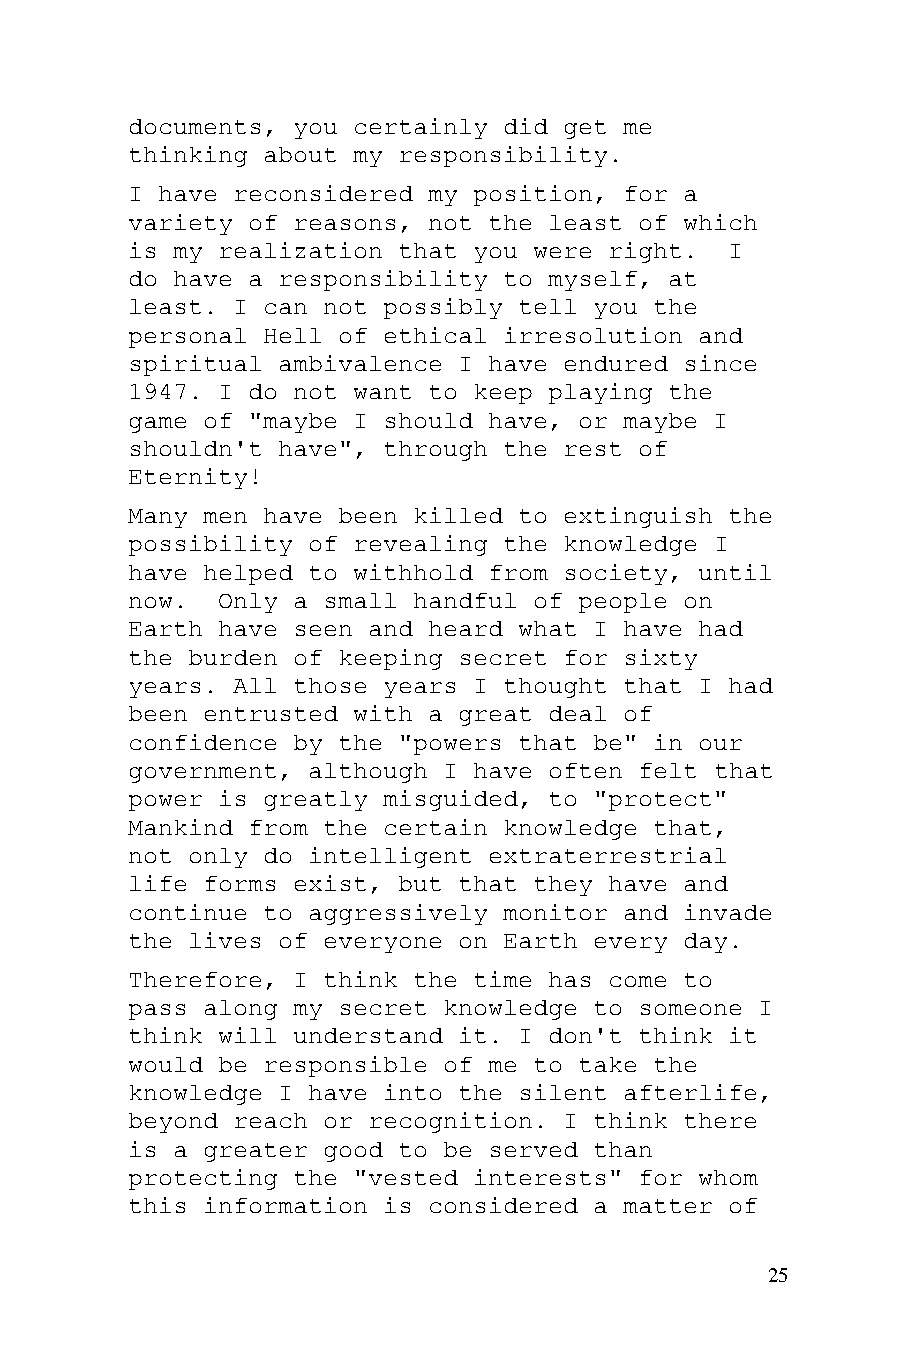
documents, you certainly did get me
 thinking about my responsibility.
 I have reconsidered my position, for a
 variety of reasons, not the least of which
 is my realization that you were right.  I
 do have a responsibility to myself, at
 least. I can not possibly tell you the
 personal Hell of ethical irresolution and
 spiritual ambivalence I have endured since
 1947. I do not want to keep playing the
 game of "maybe I should have, or maybe I
 shouldn't have", through the rest of
 Eternity!
 Many men have been killed to extinguish the
 possibility of revealing the knowledge I
 have helped to withhold from society, until
 now.  Only a small handful of people on
 Earth have seen and heard what I have had
 the burden of keeping secret for sixty
 years. All those years I thought that I had
 been entrusted with a great deal of
 confidence by the "powers that be" in our
 government, although I have often felt that
 power is greatly misguided, to "protect"
 Mankind from the certain knowledge that,
 not only do intelligent extraterrestrial
 life forms exist, but that they have and
 continue to aggressively monitor and invade
 the lives of everyone on Earth every day.
 Therefore, I think the time has come to
 pass along my secret knowledge to someone I
 think will understand it. I don't think it
 would be responsible of me to take the
 knowledge I have into the silent afterlife,
 beyond reach or recognition. I think there
 is a greater good to be served than
 protecting the "vested interests" for whom
 this information is considered a matter of
 25